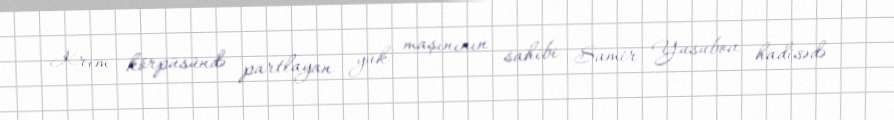
Krım körpüsündə partlayan yük maşınının sahibi Samir Yusubov hadisədə